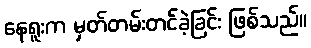
နေရူးက မှတ်တမ်းတင်ခဲ့ခြင်း ဖြစ်သည်။